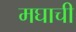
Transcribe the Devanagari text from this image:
मघाची